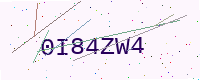
Text: 0I84ZW4